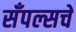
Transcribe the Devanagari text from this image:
सँपल्सचे